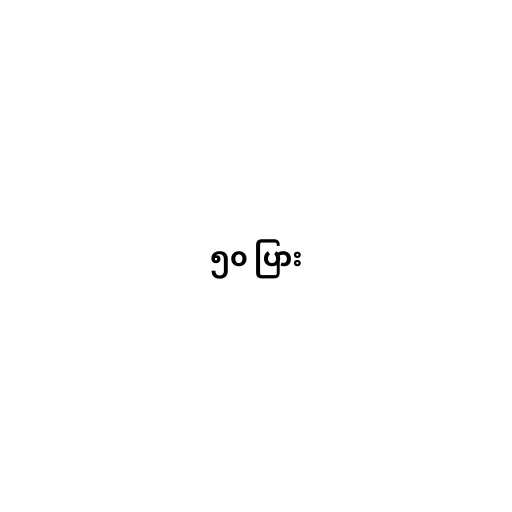
၅၀ ပြား